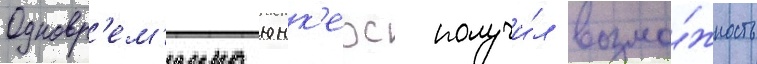
Одновр'ем'енно юнк'ерс получи́л возмо́жность